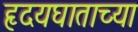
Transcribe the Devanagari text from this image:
हृदयघाताच्या